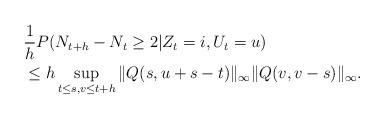
LaTeX: \begin{align*} &\frac{1}{h}P(N_{t+h}-N_t\ge 2|Z_t = i,U_t=u)\\ &\le h \sup_{t\le s,v\le t+h} \|Q(s,u+s-t)\|_\infty\|Q(v,v-s)\|_\infty.\end{align*}